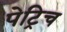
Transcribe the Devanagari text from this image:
पेट्रिच